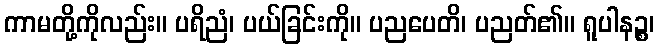
ကာမတို့ကိုလည်း။ ပရိညံ၊ ပယ်ခြင်းကို။ ပညပေတိ၊ ပညတ်၏။ ရူပါနဉ္စ၊